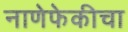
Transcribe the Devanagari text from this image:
नाणेफेकीचा